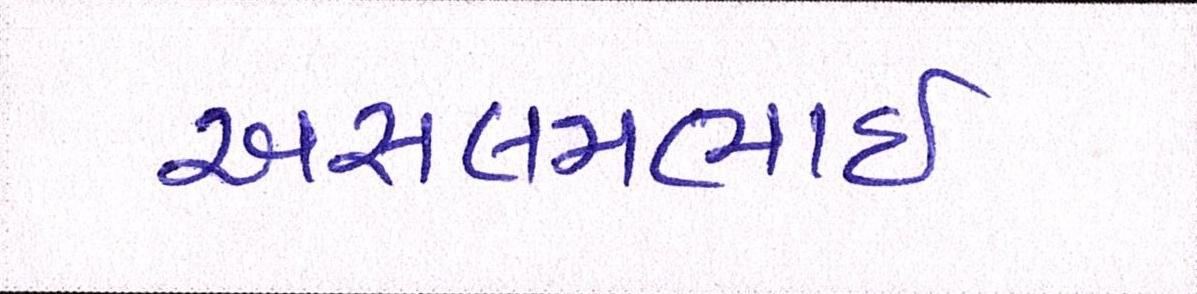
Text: અસલમભાઈ